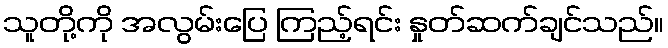
သူတို့ကို အလွမ်းပြေ ကြည့်ရင်း နှုတ်ဆက်ချင်သည်။